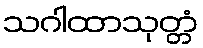
သဂါထာသုတ္တံ